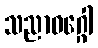
သညာဝဂ္ဂေါ